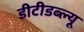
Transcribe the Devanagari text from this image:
डीटीडब्ल्यू